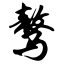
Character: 骜